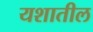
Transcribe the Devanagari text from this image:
यशातील